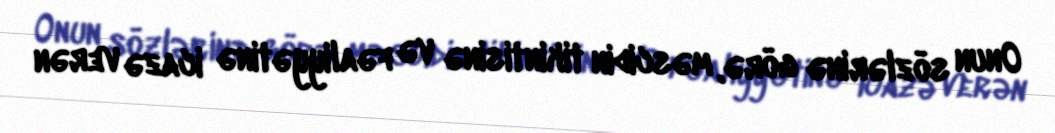
Onun sözlərinə görə, məscidin tikintisinə və fəaliyyətinə icazə verən